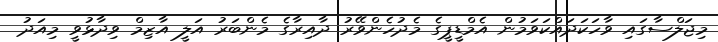
މިޖަލްސާގައި ވާހަކަދައްކަވަމުން އެމްޑީޕީގެ މެދުހެންވޭރު ދާއިރާގެ މެންބަރު އަލީ އާޒިމް ވިދާޅުވީ މިއަދު